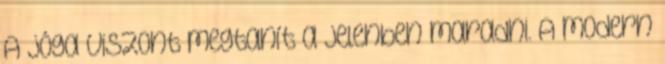
A jóga viszont megtanít a jelenben maradni. A modern